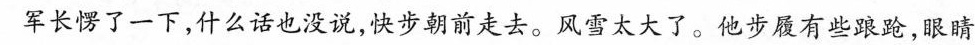
军长愣了一下，什么话也没说，快步朝前走去。风雪太大了。他步履有些踉跄，眼睛